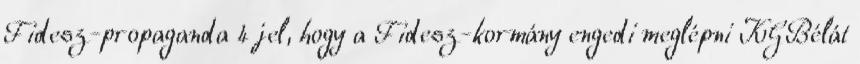
Fidesz-propaganda 4 jel, hogy a Fidesz-kormány engedi meglépni KGBélát